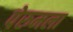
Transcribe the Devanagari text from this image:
पेरुमला